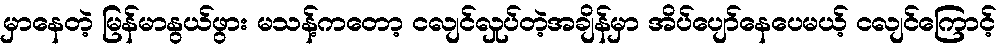
မှာနေတဲ့ မြန်မာနွယ်ဖွား မသန့်ကတော့ ငလျင်လှုပ်တဲ့အချိန်မှာ အိပ်ပျော်နေပေမယ့် ငလျင်ကြောင့်